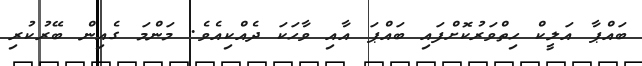
ބައްޕާ އަލީކް ހިތްވަރުކޮށްފައި ބައްޕަ އާއި ވާހަކަ ދެއްކިއެވެ. މަންމަ ގެއިން ބޭރުކުރި